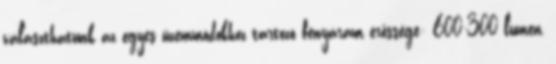
választhatunk az egyes üzemmódokhoz tartozó fényáram erőssége: 600-300 lumen,